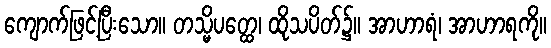
ကျောက်ဖြင့်ပြီးသော။ တသ္မိပတ္ထေ၊ ထိုသပိတ်၌။ အာဟာရံ၊ အာဟာရကို။